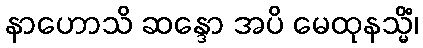
နာဟောသိ ဆန္ဒော အပိ မေထုနသ္မိံ၊